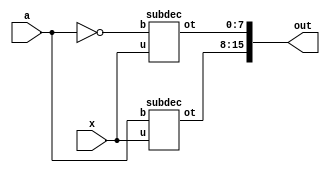
module decusingdec (out,x,a);
  input a;
  input [2:0] x;
  output [15:0]out;
  subdec s1 (out[7:0],x,(~a)); 
  subdec s2 (out[15:8],x,a);
endmodule
    
 
  module subdec (ot,u,b);
  input [2:0] u;
  input b;
  output [7:0] ot;
  assign ot=(!b)? 8'b 00000000:( u == 3'b 000)? 8'b 00000001 :( u == 3'b 001)? 8'b 00000010:
( u == 3'b 010)? 8'b 00000100:( u == 3'b 011)? 8'b 00001000:( u == 3'b 100)? 8'b 00010000:
( u == 3'b 101)? 8'b 00100000:( u == 3'b 110)? 8'b 01000000:( u == 3'b 111)? 8'b 10000000:8'bx;

  endmodule